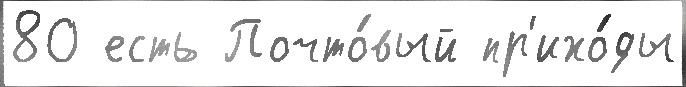
80 есть Почто́вый пр'ихо́ды